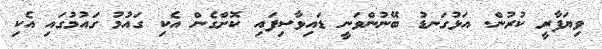
ވިޔަފާރީ ކުރުން. އަޅުގަނޑު ބޭނުންވަނީ ޑައިވާސިފައި ކޮށްގެން އެކި ގައުމު ގައުމުގައި އެކި